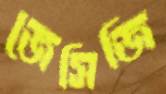
জেসিজি